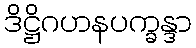
ဒိဋ္ဌိဂဟနပက္ခန္ဒာ